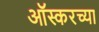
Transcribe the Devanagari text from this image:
ऑस्करच्या